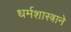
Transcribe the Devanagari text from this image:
धर्मशास्त्राने